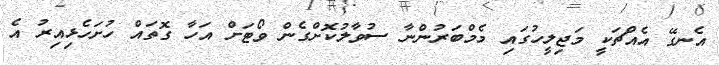
އެނގޭ އެއްޗަކީ މަޖިލީހުގައި މެމްބަރުންނާ ސުވާލުކޮށްގެން ވޯޓަށް އަހާ ގޮތައް ހުށަހެޅިއިރު އެ